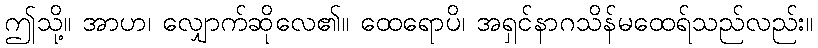
ဤသို့။ အာဟ၊ လျှောက်ဆိုလေ၏။ ထေရောပိ၊ အရှင်နာဂသိန်မထေရ်သည်လည်း။